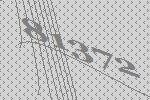
81372